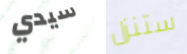
سيدي ستنزل